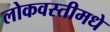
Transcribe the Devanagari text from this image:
लोकवस्तीमधे